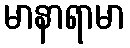
မာနာရာမာ